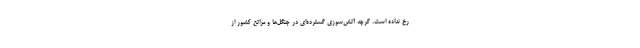
رخ نداده است. گرچه آتش‌سوزی گسترده‌ای در جنگل‌ها و مراتع کشور از